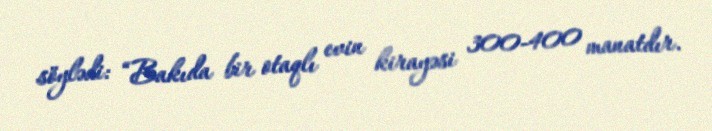
söylədi: “Bakıda bir otaqlı evin kirayəsi 300-400 manatdır.